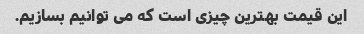
این قیمت بهترین چیزی است که می توانیم بسازیم.